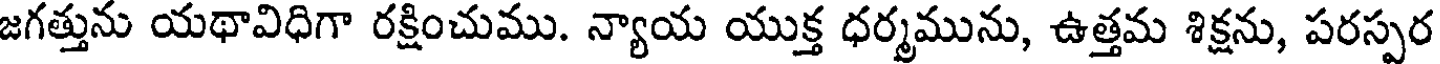
జగత్తును యథావిధిగా రక్షించుము. న్యాయ యుక్త ధర్మమును, ఉత్తమ శిక్షను, పరస్పర